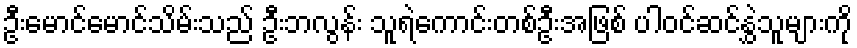
ဦးမောင်မောင်သိမ်းသည် ဦးဘလွန်း သူရဲကောင်းတစ်ဦးအဖြစ် ပါဝင်ဆင်နွှဲသူများကို